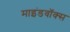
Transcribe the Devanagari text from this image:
माइंडवॉक्स